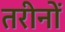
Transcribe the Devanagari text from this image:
तरीनों